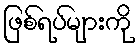
ဖြစ်ရပ်များကို